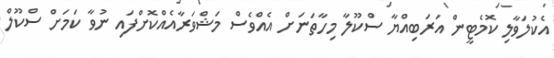
އެކުލަވާލި ކޮމެޓީން އަރަބިއްޔާ ސްކޫލާ މިހާތަނަށް އެއްވެސް މަޝްވަރާއެއްކޮށްފައި ނުވާ ކަމަށް ސްކޫލް